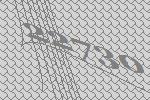
22730